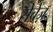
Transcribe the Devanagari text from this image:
सेचेज़